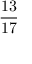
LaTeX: \frac { 1 3 } { 1 7 }